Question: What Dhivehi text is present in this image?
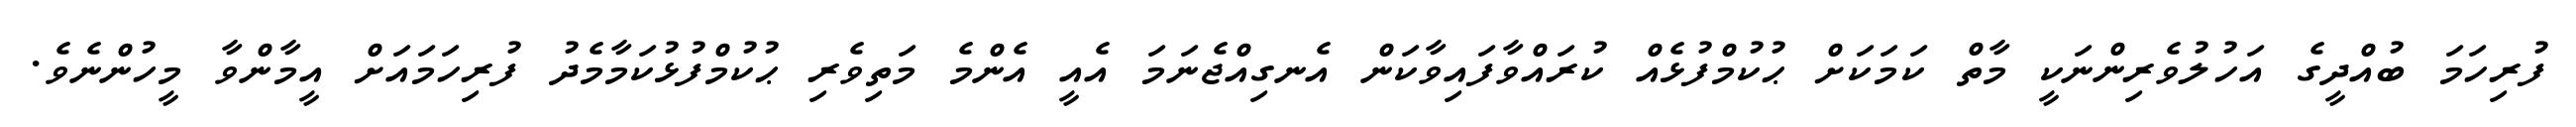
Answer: ފުރިހަމަ ބުއްދީގެ އަހުލުވެރިންނަކީ މާތް ކަމަކަށް ޙުކުމްފުޅެއް ކުރައްވާފައިވާކަން އެނގިއްޖެނަމަ އެއީ އެންމެ މަތިވެރި ޙުކުމްފުޅުކަމާމެދު ފުރިހަމައަށް އީމާންވާ މީހުންނެވެ.